Indian Civil Veterinary Department memoirs
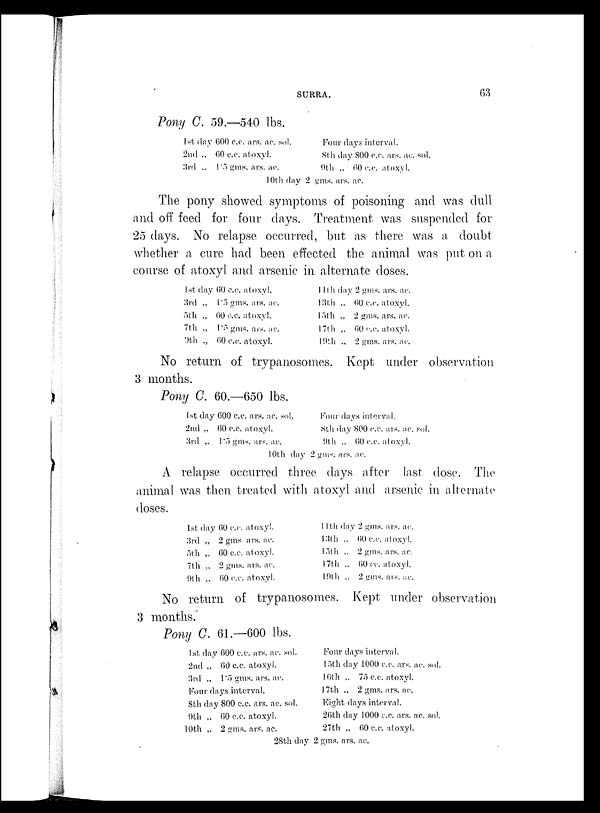
SURRA.
63
Pony C. 59.—540 lbs.
1st day 600 c.c ars. ac. sol.
2nd „ 60 c.c. atoxyl.
3rd „ 1.5 gms. ars. ac.
Four days interval.
8th day 800 c.c ars. ac. sol.
9th „ 60 c.c. atoxyl.
10th day 2 gms. ars. ac
The pony showed symptoms of poisoning and was dull
and off feed for four days. Treatment was suspended for
25 days. No relapse occurred, but as there was a doubt
whether a cure had been effected the animal was put on a
course of atoxyl and arsenic in alternate doses.
1st day 60 c.c. atoxyl.
3rd „ 1.5 gms. ars. ac.
5th „ 60 c.c. atoxyl.
7th „ 1.5 gms. ars. ac.
9th „ 60 c.c atoxyl.
11th day 2 gms. ars. ac.
13th „ 60 c.c atoxyl.
15th „ 2 gms. ars. ac.
17th „ 60 c.c. atoxyl.
19th „ 2 gms. ars. ac.
No return of trypanosomes. Kept under observation
3 months.
Pony C. 60.—650 lbs.
1st day 600 c.c. ars. ac. sol.
2nd „ 60 c.c. atoxyl.
3rd „ 1.5 gms. ars. ac
10th day
Four days interval.
8th day 800 c.c. ars. ac. sol.
9th „ 60 c.c. atoxyl.
2 gms. ars. ac.
A relapse occurred three days after last dose. The
animal was then treated with atoxyl and arsenic in alternate
doses.
1st day 60 c.c. atoxyl.
3rd „ 2 gms. ars. ac.
5th „ 60 c.c. atoxyl.
7th „ 2 gms. ars. ac.
9th „ 60 c.c. atoxyl.
11th day 2 gms. ars. ac.
13th „ 60 c.c atoxyl.
15th „ 2 gms. ars. ac.
17th „ 60 cc. atoxyl.
19th „ 2 gms. ars. ac.
No return of trypanosomes. Kept under observation
3 months.
Pony C. 61.—600 lbs.
1st day 600 c.c. ars. ac. sol.
2nd „ 60 c.c. atoxyl.
3rd „ 1.5 gms. ars. ac.
Four days interval.
8th day 800 c.c. ars. ac. sol.
9th „ 60 c.c. atoxyl.
10th „ 2 gms. ars. ac.
Four days interval.
15th day 1000 c.c. ars. ac. sol.
16th „ 75 c.c. atoxyl.
17th „ 2 gms. ars. ac.
Eight days interval.
26th day 1000 c.c. ars. ac. sol.
27th „ 60 c.c. atoxyl.
28th day 2 gms. ars. ac.